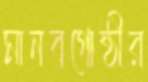
মানবগোষ্ঠীর